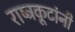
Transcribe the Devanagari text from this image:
राष्ट्रकूटांनी